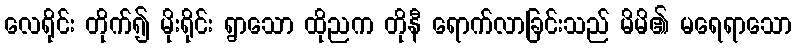
လေရိုင်း တိုက်၍ မိုးရိုင်း ရွာသော ထိုညက တိုနီ ရောက်လာခြင်းသည် မိမိ၏ မရေရာသော